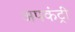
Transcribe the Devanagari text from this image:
अपकंट्री